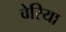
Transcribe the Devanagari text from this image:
वेरिया